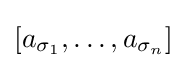
[a_{\sigma _{1}},\dots ,a_{\sigma _{n}}]